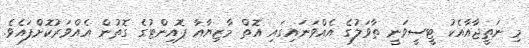
މި ނަތީޖާއާއެކު ޓީސީވަނީ ތާވަލުގެ އެއްވަނައިގައި އޮތް މާޒިޔާއާ ޕޮއިންޓުގެ ގޮތުން އެއްވަރުކޮށްފައެވެ.